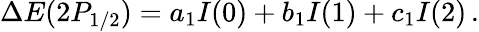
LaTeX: \Delta E(2P_{1/2})=a_{1}I(0)+b_{1}I(1)+c_{1}I(2)\, {.}